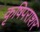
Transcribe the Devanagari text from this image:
कृषिपराशर